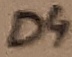
Text: D4